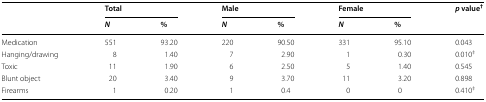
<table><thead><tr><td rowspan="2"></td><td colspan="2"><b>Total</b></td><td colspan="2"><b>Male</b></td><td colspan="2"><b>Female</b></td><td rowspan="2"><b><i>p</i> value<sup>†</sup></b></td></tr><tr><td><b><i>N</i></b></td><td><b>%</b></td><td><b><i>N</i></b></td><td><b>%</b></td><td><b><i>N</i></b></td><td><b>%</b></td></tr></thead><tbody><tr><td>Medication</td><td>551</td><td>93.20</td><td>220</td><td>90.50</td><td>331</td><td>95.10</td><td>0.043</td></tr><tr><td>Hanging/drawing</td><td>8</td><td>1.40</td><td>7</td><td>2.90</td><td>1</td><td>0.30</td><td>0.010<sup>‡</sup></td></tr><tr><td>Toxic</td><td>11</td><td>1.90</td><td>6</td><td>2.50</td><td>5</td><td>1.40</td><td>0.545</td></tr><tr><td>Blunt object</td><td>20</td><td>3.40</td><td>9</td><td>3.70</td><td>11</td><td>3.20</td><td>0.898</td></tr><tr><td>Firearms</td><td>1</td><td>0.20</td><td>1</td><td>0.4</td><td>0</td><td>0</td><td>0.410<sup>‡</sup></td></tr></tbody></table>